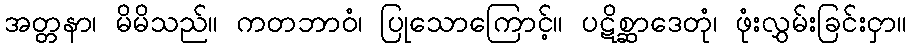
အတ္တနာ၊ မိမိသည်။ ကတဘာဝံ၊ ပြုသောကြောင့်။ ပဋိစ္ဆာဒေတုံ၊ ဖုံးလွှမ်းခြင်းငှာ။